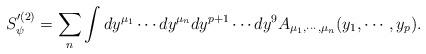
LaTeX: \begin{align*}S'^{(2)}_{\psi} = \sum_{n} \int dy^{\mu_{1}} \cdots dy^{\mu_{n}} dy^{p+1}\cdots dy^{9} A_{\mu_{1}, \cdots, \mu_{n}} (y_{1}, \cdots, y_{p}).\end{align*}